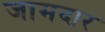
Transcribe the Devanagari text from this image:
जामदार